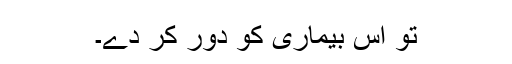
تو اس بیماری کو دُور کر دے۔